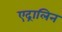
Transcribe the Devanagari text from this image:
एद्रालिन